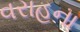
વરાહના